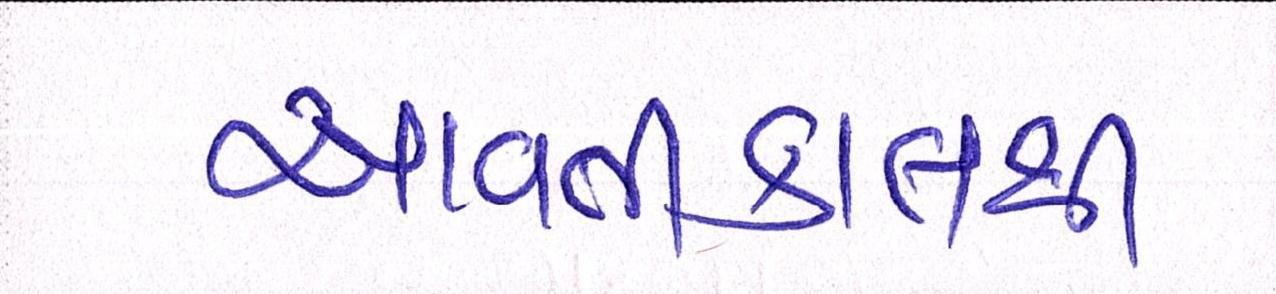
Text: આવતીકાલથી